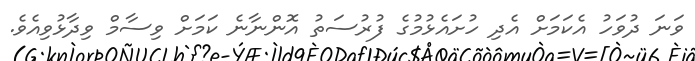
ވަނަ ދުވަހު އެކަމަށް އެދި ހުށައެޅުމުގެ ފުރުސަތު އޮންނާނެ ކަމަށް ވިސާމް ވިދާޅުވިއެވެ.